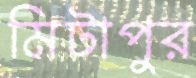
মিটাপুর